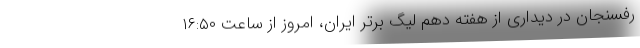
رفسنجان در دیداری از هفته دهم لیگ برتر ایران، امروز از ساعت ۱۶:۵۰